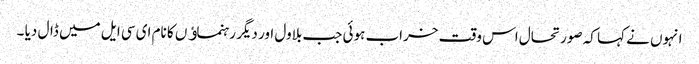
انہوں نے کہا کہ صورتحال اس وقت خراب ہوئی جب بلاول اور دیگر رہنماﺅں کا نام ای سی ایل میں ڈال دیا ۔